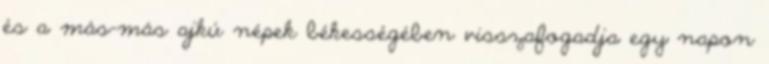
és a más-más ajkú népek békességében visszafogadja egy napon